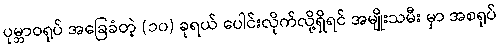
ပုမ္ဘာဝရုပ် အခြေခံတဲ့ (၁၀) ခုရယ် ပေါင်းလိုက်လို့ရှိရင် အမျိုးသမီး မှာ အစရုပ်